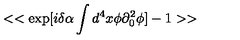
< < \exp [ i \delta \alpha \int d ^ { 4 } x \phi \partial _ { 0 } ^ { 2 } \phi ] - 1 > >